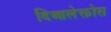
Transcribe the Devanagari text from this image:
दिआलेक्तोस